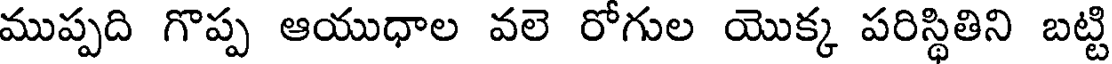
ముప్పది గొప్ప ఆయుధాల వలె రోగుల యొక్క పరిస్థితిని బట్టి